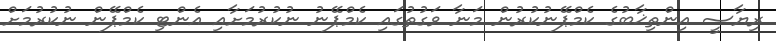
ރިޔާސީ އިންތިޚާބުގެ ކެމްޕޭނުކުރުން މަނާ ވަގުތުގައި ކެމްޕޭނު ނުކުރުމަށާއި އެންޓި ކެމްޕޭން ނުކުރުމަށް